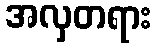
အလှတရား